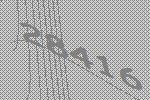
28416